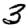
Digit: 3